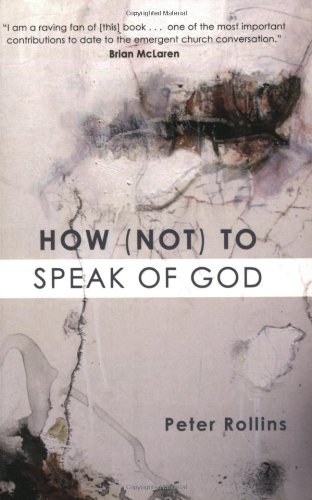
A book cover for How (Not) to Speak of God; Peter Rollins; Christian Books & Bibles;